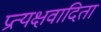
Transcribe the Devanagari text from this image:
प्रत्यक्षवादिता